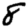
Digit: 8